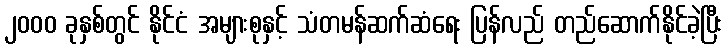
၂၀၀၀ ခုနှစ်တွင် နိုင်ငံ အများစုနှင့် သံတမန်ဆက်ဆံရေး ပြန်လည် တည်ဆောက်နိုင်ခဲ့ပြီး